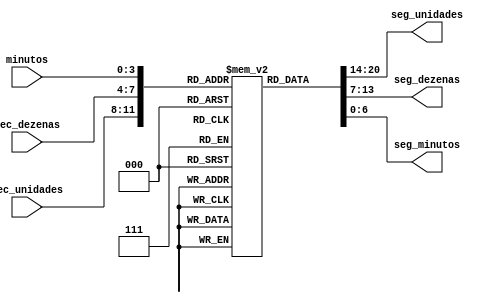
module decoder (
    input [3:0] sec_unidades,
    input [3:0] sec_dezenas,
    input [3:0] minutos,
    output reg [6:0] seg_unidades,
    output reg [6:0] seg_dezenas,
    output reg [6:0] seg_minutos
);

    reg [6:0] segmentos [9:0];

    initial begin
        segmentos[0] = 7'b1111110;
        segmentos[1] = 7'b0110000;
        segmentos[2] = 7'b1101101;
        segmentos[3] = 7'b1111001;
        segmentos[4] = 7'b0110011;
        segmentos[5] = 7'b1011011;
        segmentos[6] = 7'b1011111;
        segmentos[7] = 7'b1110000;
        segmentos[8] = 7'b1111111;
        segmentos[9] = 7'b1111011;
    end

    always @(*) begin
        seg_unidades = segmentos[sec_unidades];
        seg_dezenas = segmentos[sec_dezenas];
        seg_minutos = segmentos[minutos]; 
    end

endmodule